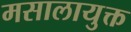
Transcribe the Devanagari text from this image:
मसालायुक्त